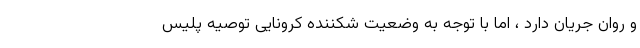
و روان جریان دارد ، اما با توجه به وضعیت شکننده کرونایی توصیه پلیس